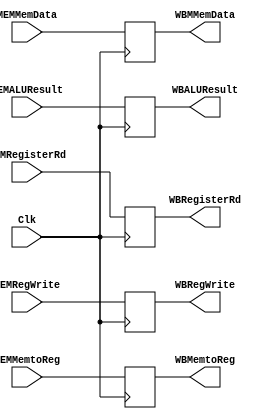
`ifndef MODULE_MEM_WB
`define MODULE_MEM_WB
`timescale 1ns / 1ps

module MEM_WB(
    input Clk,
    input MEMRegWrite,
    output reg WBRegWrite,
    input MEMMemtoReg,
    output reg WBMemtoReg,
    input [31:0] MEMMemData,
    output reg [31:0] WBMMemData,
    input [31:0] MEMALUResult,
    output reg [31:0] WBALUResult,
    input [4:0] MEMRegisterRd,
    output reg [4:0] WBRegisterRd
    );

    initial begin
        WBRegWrite = 1'b0;
        WBMemtoReg = 1'b0; 
        WBMMemData = 32'b0;
        WBALUResult = 32'b0;
        WBRegisterRd = 5'b0;
    end

    always @ (posedge Clk) begin
        WBRegWrite <= MEMRegWrite;
        WBMemtoReg <= MEMMemtoReg;
        WBMMemData <= MEMMemData;
        WBALUResult <= MEMALUResult;
        WBRegisterRd <= MEMRegisterRd;
    end
    
endmodule

`endif